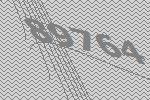
89764